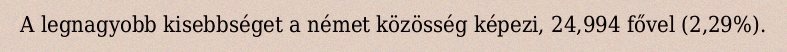
A legnagyobb kisebbséget a német közösség képezi, 24,994 fővel (2,29%).